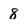
Character: 8